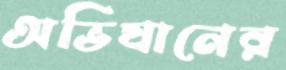
অভিযানের